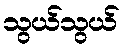
သွယ်သွယ်